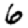
Digit: 6